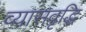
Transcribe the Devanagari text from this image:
व्यासवृद्धि